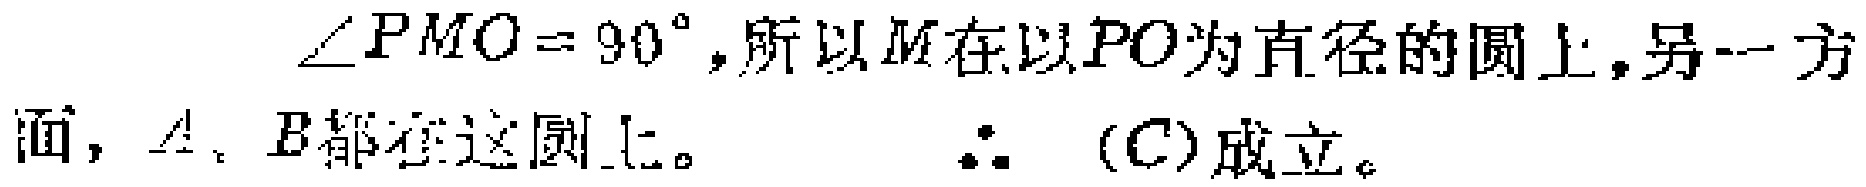
$\angle PMO = 90^{\circ},所以M在以PO为直径的圆上,另一方面,A、B都在这圆上。\therefore  (C)成立。$